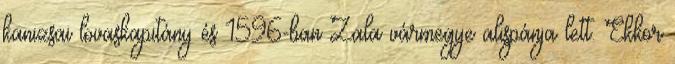
kanizsai lovaskapitány és 1596-ban Zala vármegye alispánja lett. Ekkor